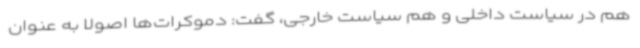
هم در سیاست داخلی و هم سیاست خارجی، گفت: دموکرات‌ها اصولا به عنوان